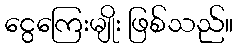
ငွေကြေးမျိုး ဖြစ်သည်။